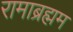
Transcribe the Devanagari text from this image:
रामाब्रह्मम